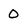
Character: 0